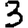
Digit: 3